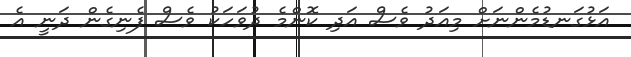
އަޅުގަނޑުމެންނަށް މިއަދު ވެސް އަދި ކޮންމެ ދުވަހަކު ވެސް ފެނިގެން ދަނީ އެ